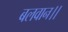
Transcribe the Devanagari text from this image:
बलवान।।